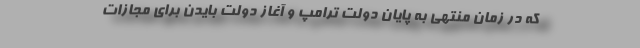
که در زمان منتهی به پایان دولت ترامپ و آغاز دولت بایدن برای مجازات